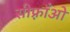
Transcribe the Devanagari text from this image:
सीफ़्राँओ